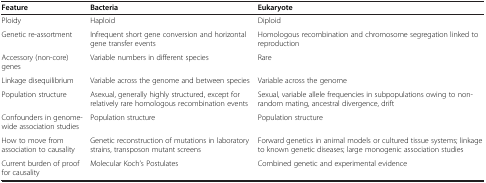
| Feature | Bacteria | Eukaryote |
 | --- | --- | --- |
 | Ploidy | Haploid | Diploid |
 | Genetic re-assortment | Infrequent short gene conversion and horizontal gene transfer events | Homologous recombination and chromosome segregation linked to reproduction |
 | Accessory (non-core) genes | Variable numbers in different species | Rare |
 | Linkage disequilibrium | Variable across the genome and between species | Variable across the genome |
 | Population structure | Asexual, generally highly structured, except for relatively rare homologous recombination events | Sexual, variable allele frequencies in subpopulations owing to non-random mating, ancestral divergence, drift |
 | Confounders in genome-wide association studies | Population structure | Population structure |
 | How to move from association to causality | Genetic reconstruction of mutations in laboratory strains, transposon mutant screens | Forward genetics in animal models or cultured tissue systems; linkage to known genetic diseases; large monogenic association studies |
 | Current burden of proof for causality | Molecular Koch’s Postulates | Combined genetic and experimental evidence |